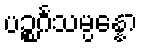
ပဉ္စင်္ဂသမ္ပန္နော